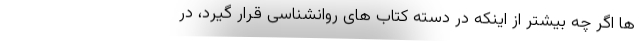
ها اگر چه بیشتر از اینکه در دسته کتاب های روانشناسی قرار گیرد، در